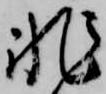
非